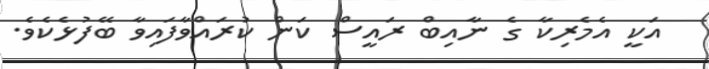
އަކީ އެމެރިކާ ގެ ނާއިބް ރައީސް ކަން ކުރައްވާފައިވާ ބޭފުޅެކެވެ.